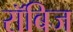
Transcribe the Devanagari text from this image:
रॉबिज